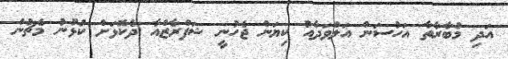
އަދި މުބާރާތާ އަހުސަން އަލްވަދާއު ކިޔަން ޖެހުނީ ޝަފްރާޒްއާ ދެކޮޅަށް ކުޅުނު މެޗުން